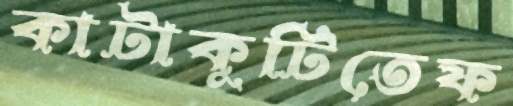
কাটাকুটিতেফ